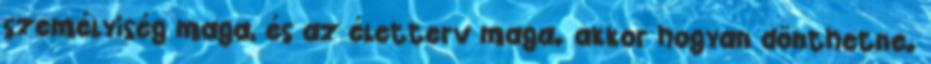
személyiség maga, és az életterv maga. akkor hogyan dönthetne.